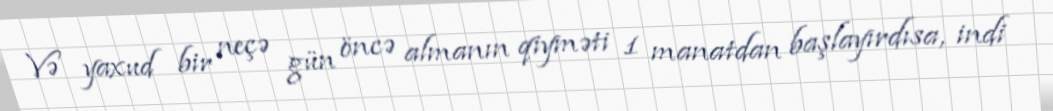
Və yaxud bir neçə gün öncə almanın qiyməti 1 manatdan başlayırdısa, indi